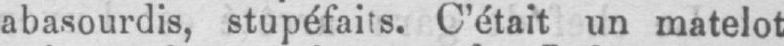
abasourdis, stupéfaits. C’était un matelot